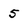
Character: 5